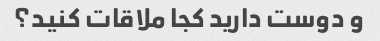
و دوست دارید کجا ملاقات کنید؟